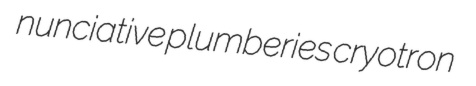
nunciative plumberies cryotron